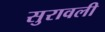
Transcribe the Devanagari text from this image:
सुरावली